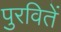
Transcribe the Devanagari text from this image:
पुरवितें